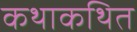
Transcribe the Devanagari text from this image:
कथाकथित